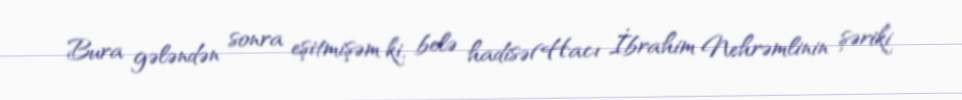
Bura gələndən sonra eşitmişəm ki, belə hadisə(Hacı İbrahim Nehrəmlinin şəriki